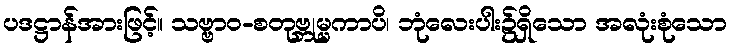
ပဒဋ္ဌာန်အားဖြင့်။ သဗ္ဗာဝ-စတုဗ္ဘုမ္မကာပိ၊ ဘုံလေးပါး၌ရှိသော အလုံးစုံသော